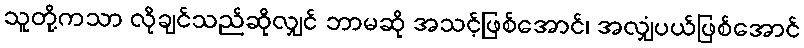
သူတို့ကသာ လိုချင်သည်ဆိုလျှင် ဘာမဆို အသင့်ဖြစ်အောင်၊ အလျှံပယ်ဖြစ်အောင်